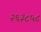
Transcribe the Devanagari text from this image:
२६३८५८